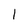
Character: 1